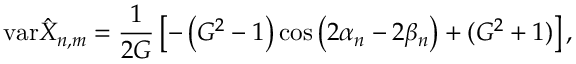
\mathrm { v a r } \hat { X } _ { n , m } = \frac { 1 } { 2 G } \left[ - \left( G ^ { 2 } - 1 \right) \cos \left( 2 \alpha _ { n } - 2 \beta _ { n } \right) + ( G ^ { 2 } + 1 ) \right] ,